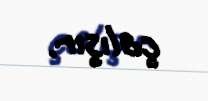
çalışır.